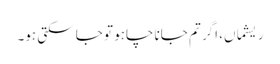
ریشماں، اگر تم جانا چاہو تو جا سکتی ہو۔